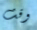
وقت